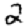
Digit: 2